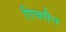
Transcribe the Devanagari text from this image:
पिचमैन